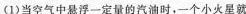
（1）当空气中悬浮一定量的汽油时，一个小火星就